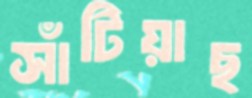
সাঁটিয়াছ